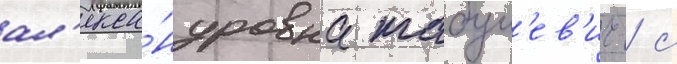
ал'екса́ндровна табул'ев'ич / с